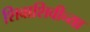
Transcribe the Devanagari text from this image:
शिवाशिवीच्या